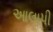
આલાપી